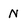
Character: N